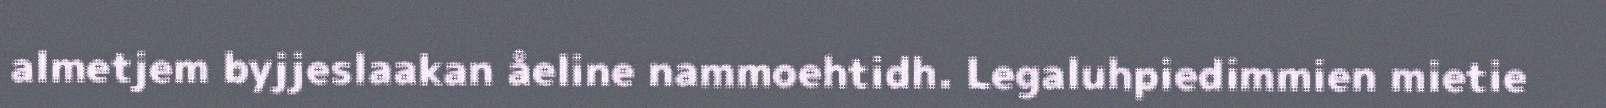
almetjem byjjeslaakan åeline nammoehtidh. Legaluhpiedimmien mietie